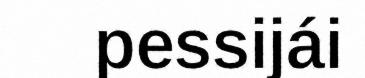
pessijái